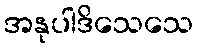
အနုပါဒိသေသေ